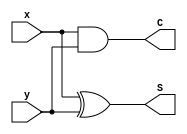
module half_adder (output S, C, input x, y);
xor (S, x, y);
and (C, x, y);
endmodule

module full_adder (output S, C, input x, y, z);
wire S1, C1, C2;
half_adder HA1 (S1, C1, x, y);
half_adder HA2 (S, C2, S1, z);
or G1 (C, C2, C1);
endmodule

module adder_struct ( output [7: 0] dout, output cout, input [7:0] din1, din2, input cin);
wire C1, C2, C3, C4, C5, C6, C7; // Intermediate carries
full_adder FA0 (dout[0], C1, din1[0], din2[0], cin),
FA1 (dout[1], C2, din1[1], din2[1], C1),
FA2 (dout[2], C3, din1[2], din2[2], C2),
FA3 (dout[3], C4, din1[3], din2[3], C3),
FA4 (dout[4], C5, din1[4], din2[4], C4),
FA5 (dout[5], C6, din1[5], din2[5], C5),
FA6 (dout[6], C7, din1[6], din2[6], C6),
FA7 (dout[7], cout, din1[7], din2[7], C7);
endmodule